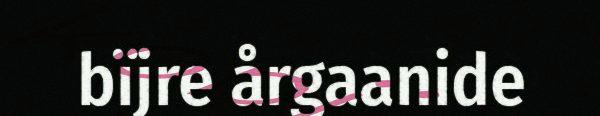
bïjre årgaanide